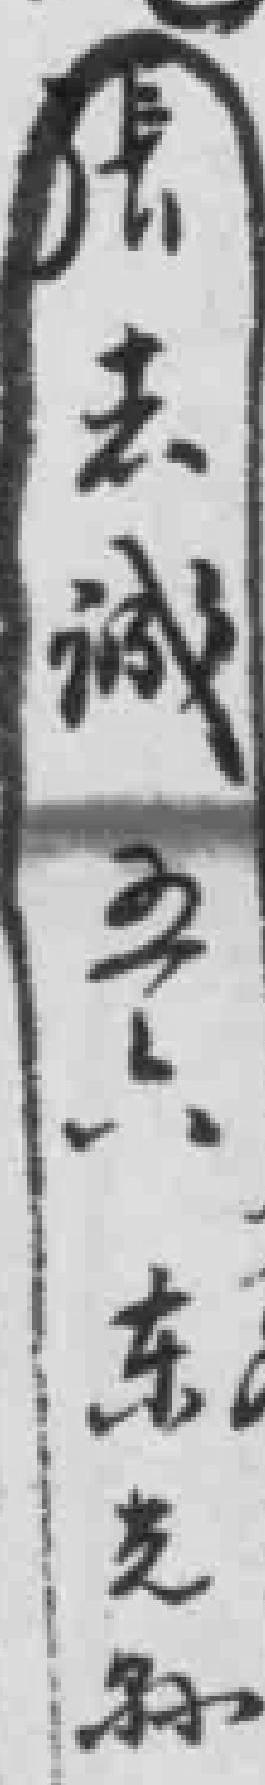
張去诚五六东光孙